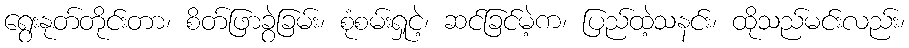
ရွေးနုတ်တိုင်းတာ၊ စိတ်ဖြာခွဲခြမ်း၊ စုံစမ်းရှုငဲ့၊ ဆင်ခြင်မဲ့က၊ ပြည်ထဲ့သနင်း၊ ထိုသည်မင်းလည်း၊